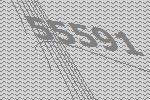
55591